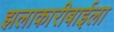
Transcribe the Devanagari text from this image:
झलाकारीबाईला